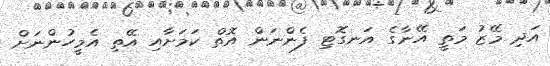
އަދި މޭޒު މަތީ އޭނާގެ އަނގޮޓި ފެންނަން އޮތް ކަމަށާއި އޭތި އެމީހުންނަށް